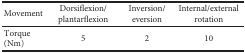
<table><thead><tr><td><b>Movement</b></td><td><b>Dorsiflexion/plantarflexion</b></td><td><b>Inversion/eversion</b></td><td><b>Internal/external rotation</b></td></tr></thead><tbody><tr><td>Torque (Nm)</td><td>5</td><td>2</td><td>10</td></tr></tbody></table>